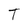
Character: T